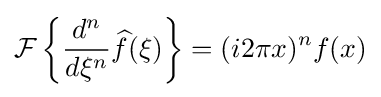
{\mathcal {F}}\left\{{\frac {d^{n}}{d\xi ^{n}}}{\widehat {f}}(\xi )\right\}=(i2\pi x)^{n}f(x)